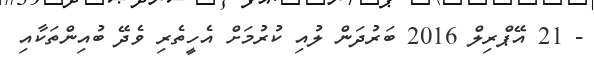
- 21 އޭޕްރިލް 2016 ބަރުދަން ލުއި ކުރުމަށް އެހީތެރި ވެދޭ ބުއިންތަކާއި